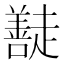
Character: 𭌠